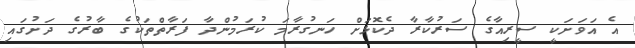
އެ އަވަށަކީ ސީރިއާގެ ސަރުކާރާ ދެކޮޅަށް ހަނގުރާމަ ކުރަމުންދާ ފަރާތްތަކުގެ ބާރުގެ ދަށުގައި